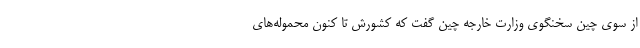
از سوی چین سخنگوی وزارت خارجه چین گفت که کشورش تا کنون محموله‌های